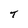
Character: T